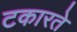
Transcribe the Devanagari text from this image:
टकारते